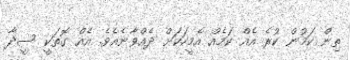
ތިން ކަމުން ކުރެ އެއް ކަމެއް އެމީހަކަށް ދެއްވާނެއެވެ. އެއް ގޮތަކީ ސީދާ